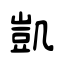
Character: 凱